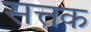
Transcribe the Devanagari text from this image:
सत्तक